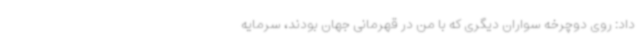
داد: روی دوچرخه سواران دیگری که با من در قهرمانی جهان بودند، سرمایه